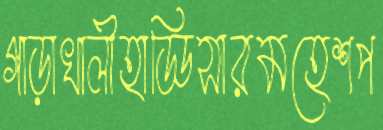
গাড়াখালীহাড্ডিসারমহেশপ